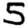
Digit: 5